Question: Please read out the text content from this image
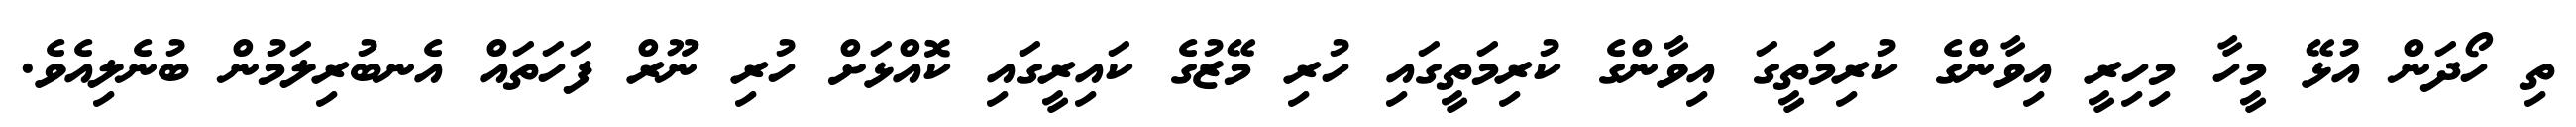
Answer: ތި ހޯދަން އުޅޭ މީހާ މިހިރީ އިވާންގެ ކުރިމަތީގަ އިވާންގެ ކުރިމަތީގައި ހުރި މޭޒުގެ ކައިރީގައި ކޮއްޅަށް ހުރި ނޫރް ފަހަތައް އެނބުރިލަމުން ބުނެލިއެވެ.